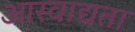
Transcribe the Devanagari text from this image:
आस्वाद्यता